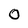
Character: 0